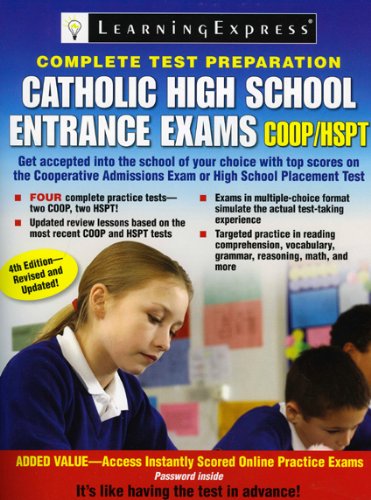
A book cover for Catholic High School Entrance Exams, COOP/HSPT; LearningExpress Editors; Test Preparation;